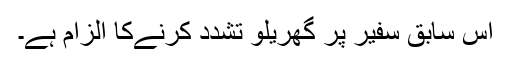
اس سابق سفیر پر گھریلو تشدد کرنےکا الزام ہے۔